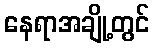
နေရာအချို့တွင်